King Institute of Preventive Medicine Micro-Biological Section reports 1909-11
Year: 1909
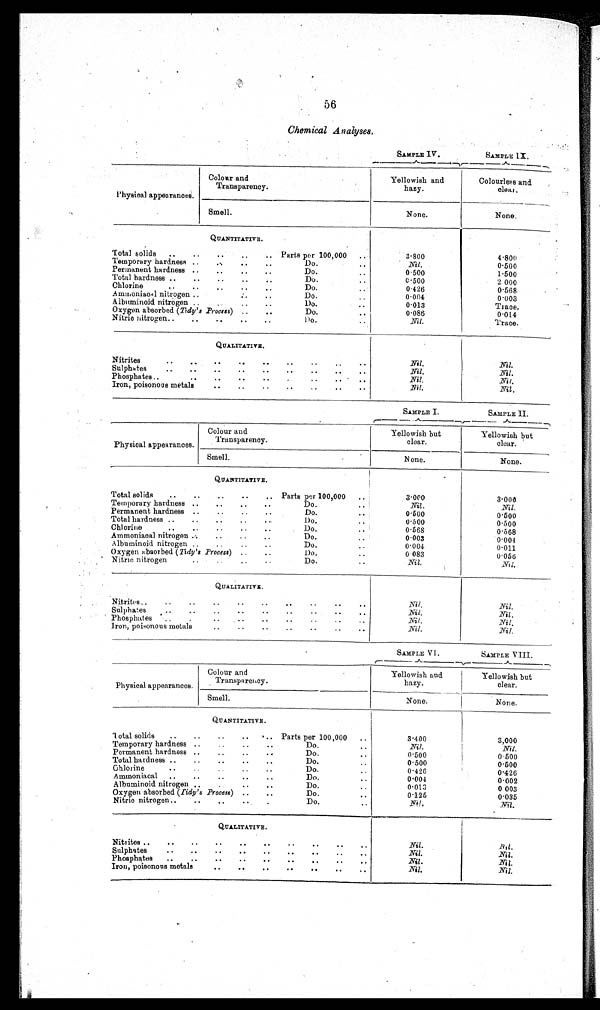
56
Chemical Analyses.
SAMPLE IV.
SAMPLE IX.
Physical appearances.
Colour and
Transparency.
Yellowish and
hazy.
Colourless and
clear.
Smell.
None.
None.
QUANTITATIVE.
Total solids
Parts per 100,000
3·800
4·800
Temporary hardness
Do.
Nil.
0·500
Permanent hardness
Do.
0·500
1·500
Total hardness
Do.
0·500
2·000
Chlorine
Do.
0·426
0·568
Ammoniaca1 nitrogen
Do.
0·004
0·003
Albuminoid nitrogen
Do.
0·013
Trace.
Oxygen absorbed ( Tidy's Process)
Do.
0·086
0·014
Nitric nitrogen
Do.
Nil.
Trace.
QUALITATIVE.
Nitrites
Nil.
Nil.
Sulphates
Nil.
Nil.
Phosphates
Nil.
Nil.
Iron, poisonous metals
Nil.
Nil.
SAMPLE I.
SAMPLE II.
Physical appearances.
Colour and
Transparency.
Yellowish but
clear.
Yellowish but
clear.
Smell.
None .
None .
QUANTITATIVE.
Total solids
Parts per 100,000
3·000
3·000
Temporary hardness
Do.
Nil.
Nil.
Permanent hardness
Do.
0·500
0·500
Total hardness
Do.
0·500
0·500
Chlorine
Do.
0·568
0·568
Ammoniacal nitrogen
Do.
0 · 0 0 3
0·004
Albuminoid nitrogen
Do.
0·004
0·011
Oxygen absorbed (Tidy's Process)
Do.
0·083
0·056
Nitric nitrogen
Do.
Nil.
N i l .
QUALITATIVE.
Nitrites
Nil.
Nil.
Sulphates
Nil.
Nil.
Phosphates
Nil.
Nil.
Iron, poisonous metals
Nil.
Nil.
SAMPLE VI.
SAMPLE VIII.
Physical appearances.
Colour and
Transparency.
Yellowish and
hazy.
Yellowish but
clear.
Smell.
None.
None.
QUANTITATIVE.
Total solids
Parts per 100,000
3·400
3,000
Temporary hardness Do.
Nil.
Nil.
Permanent hardness Do.
0·500
0·500
Total hardness
Do.
0·500
0·500
Chlorine
Do.
0·426
0·426
Ammoniacal
Do.
0·004
0·002
Albuminoid nitrogen Do.
0·013
0·003
Oxygen absorbed (Tidy's Process) Do.
0 · 1 2 5
0·035
Nitric nitrogen
Do.
N i l .
Nil.
QUALITATIVE .
Nitrites
Nil.
Nil.
Sulphates
Nil.
Nil.
Phosphates
Nil.
Nil.
Iron, poisonous metals
Nil.
Nil.